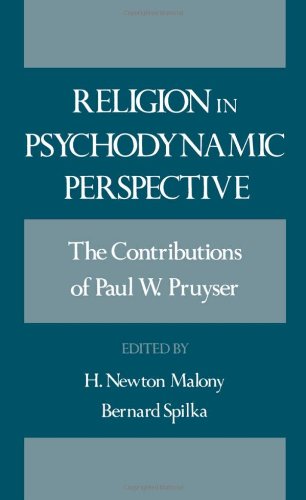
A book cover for Religion in Psychodynamic Perspective: The Contributions of Paul W. Pruyser; P. W. Pruyser; Religion & Spirituality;